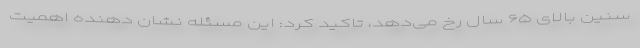
سنین بالای ۶۵ سال رخ می‌دهد، تاکید کرد: این مسئله نشان دهنده اهمیت